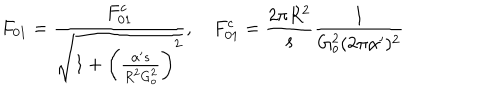
F _ { 0 1 } = \frac { F _ { 0 1 } ^ { c } } { \sqrt { 1 + \left( \frac { \alpha ^ { \prime } s } { R ^ { 2 } G _ { o } ^ { 2 } } \right) ^ { 2 } } } , \quad F _ { 0 1 } ^ { c } = \frac { 2 \pi R ^ { 2 } } { s } \frac { 1 } { G _ { o } ^ { 2 } ( 2 \pi \alpha ^ { \prime } ) ^ { 2 } }